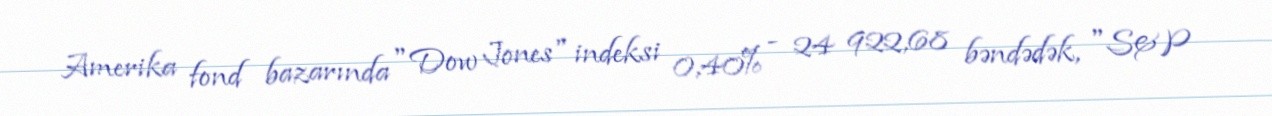
Amerika fond bazarında "Dow Jones" indeksi 0,40% - 24 922,68 bəndədək, "S&P